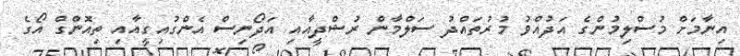
އިނާމަށް މުސްލިމުންގެ އަދުއްވު މުރުތައްދު ސަލްމާން ރުޝްދީއާއި އަދޯނިސް އެންގުއިގީއާއި ތިއޮންގް އޯގެ